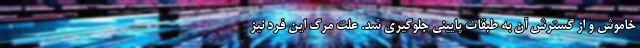
خاموش و از گسترش آن به طبقات پایینی جلوگیری شد. علت مرگ این فرد نیز